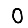
Digit: 0